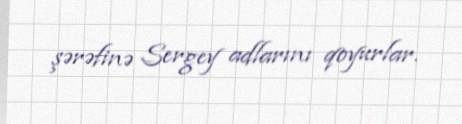
şərəfinə Sergey adlarını qoyurlar.